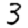
Digit: 3